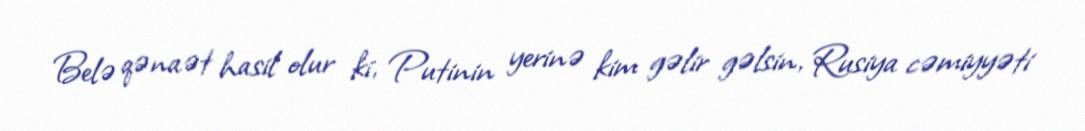
Belə qənaət hasil olur ki, Putinin yerinə kim gəlir gəlsin, Rusiya cəmiyyəti